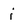
Character: i